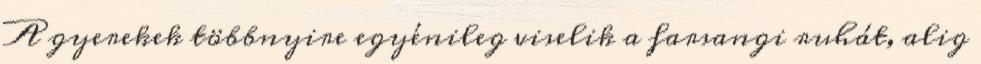
A gyerekek többnyire egyénileg viselik a farsangi ruhát, alig